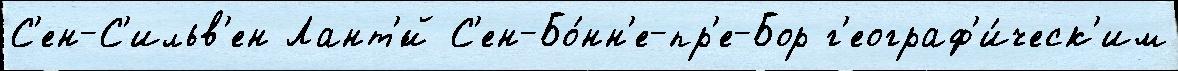
С'ен-С'ильв'ен Лант'́й С'ен-Бо́нн'е-пр'е-Бор г'еограф'и́ческ'им